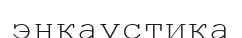
энкаустика